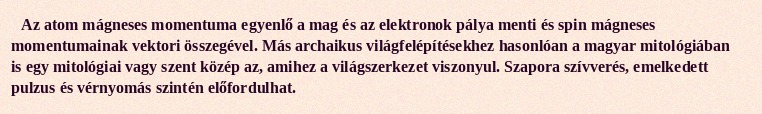
Az atom mágneses momentuma egyenlő a mag és az elektronok pálya menti és spin mágneses momentumainak vektori összegével. Más archaikus világfelépítésekhez hasonlóan a magyar mitológiában is egy mitológiai vagy szent közép az, amihez a világszerkezet viszonyul. Szapora szívverés, emelkedett pulzus és vérnyomás szintén előfordulhat.